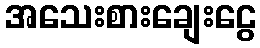
အသေးစားချေးငွေ